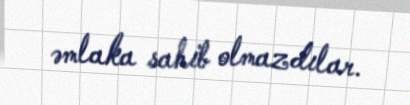
əmlaka sahib olmazdılar.